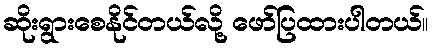
ဆိုးရွားစေနိုင်တယ်လို့ ဖော်ပြထားပါတယ်။